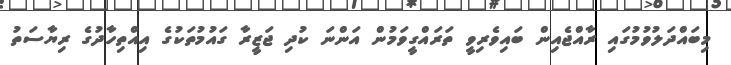
މިބައްދަލުވުމުގައި ރާއްޖެއިން ބައިވެރިވީ ތަރައްގީވަމުން އަންނަ ކުދި ޖަޒީރާ ގައުމުތަކުގެ އިއްތިހާދުގެ ރިޔާސަތު